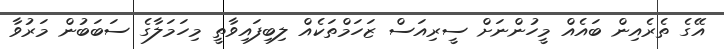
އޭގެ ތެރެއިން ބައެއް މީހުންނަށް ސީރިއަސް ޒަހަމްތަކެއް ލިބިފައިވާތީ މިހަމަލާގެ ސަބަބުން މަރުވާ